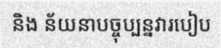
និង ន័យនាបច្ចុប្បន្នវារបៀប